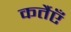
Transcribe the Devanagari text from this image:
कर्तैएँ